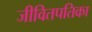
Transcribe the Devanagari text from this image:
जीवितपतिका